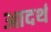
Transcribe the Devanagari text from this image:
आदर्थ